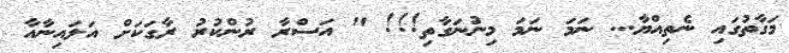
މަގާތުގައި ނެތިއްޔާ... ނަމަ ނަމަ މިނުނަގާތި!!! " އަސްރާ ރުންކުރު ރާގަކަށް އަލައިނާއާ